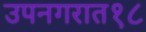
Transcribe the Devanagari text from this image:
उपनगरात१८